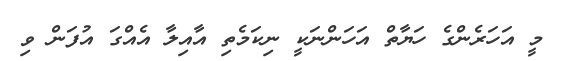
މީ އަހަރެންގެ ހަޔާތް އަހަންނަކީ ނިކަމެތި އާއިލާ އެއްގަ އުފަން ވި